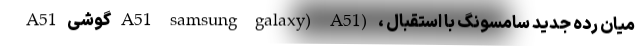
A51 گوشی A51 samsung galaxy) A51) ، میان رده جدید سامسونگ با استقبال